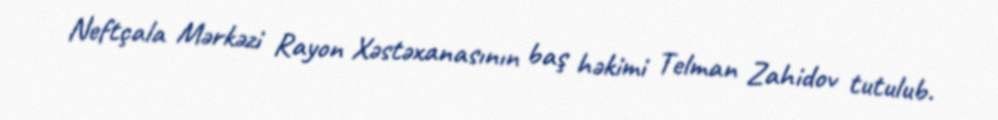
Neftçala Mərkəzi Rayon Xəstəxanasının baş həkimi Telman Zahidov tutulub.